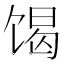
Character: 𮩝